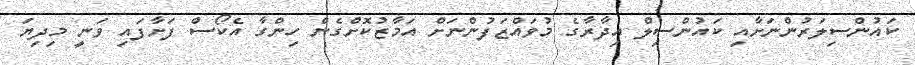
ކައުންސިލަރުންނަށާއި ކައުންސިލް އިދާރާގެ މުވައްޒަފުންނަށް އަމާޒުކޮށްގެން ހިންގާ އެކޯސް ފަށާފައި ވަނީ މިދިޔަ